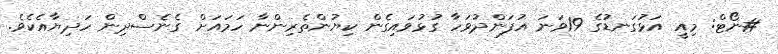
#ނޯޓް: މިއީ އަޅުގަނޑުގެ 19ވަނަ އުފަންދުވަހާ ގުޅުވައިގެން ކިޔުންތެރިންނާ ހަމައަށް ގެނެސްދިން ހަދިޔާއެކެވެ.